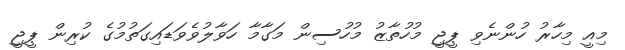
މިއީ މިހާރު ހުންނެވި ޕީޖީ މުހުތާޒު މުހުސިން މަގާމާ ހަވާލުވެވަޑައިގަތުމުގެ ކުރިން ޕީޖީ